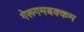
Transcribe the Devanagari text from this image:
गेरूगमबक्कम